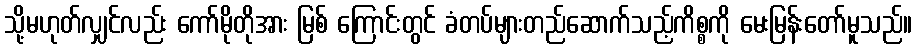
သို့မဟုတ်လျှင်လည်း ကော်မိုတိုအား မြစ် ကြောင်းတွင် ခံတပ်များတည်ဆောက်သည့်ကိစ္စကို မေးမြန်းတော်မူသည်။